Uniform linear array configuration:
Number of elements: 48
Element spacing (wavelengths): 0.5
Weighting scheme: cosine
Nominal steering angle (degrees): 30
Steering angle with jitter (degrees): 29.991
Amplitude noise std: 0.05
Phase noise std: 0.05

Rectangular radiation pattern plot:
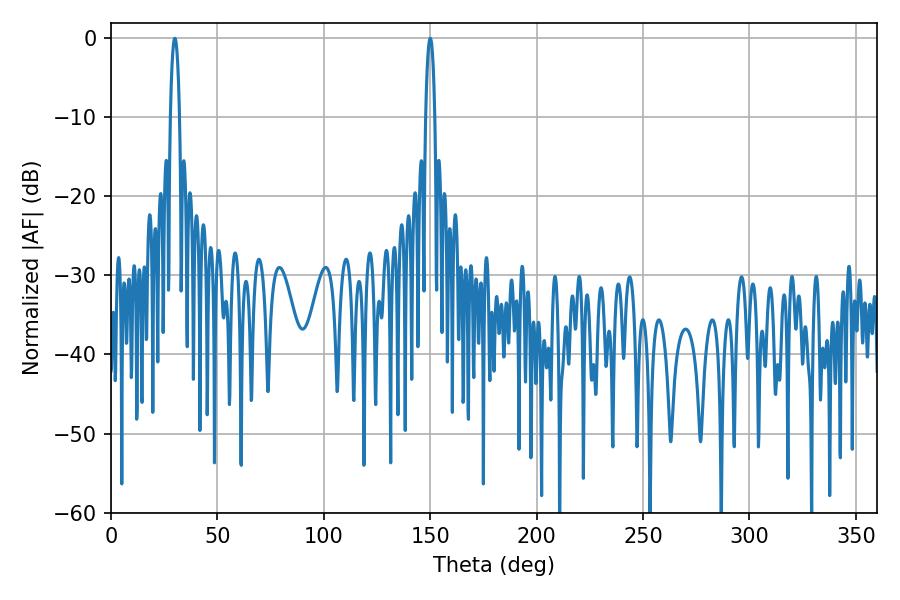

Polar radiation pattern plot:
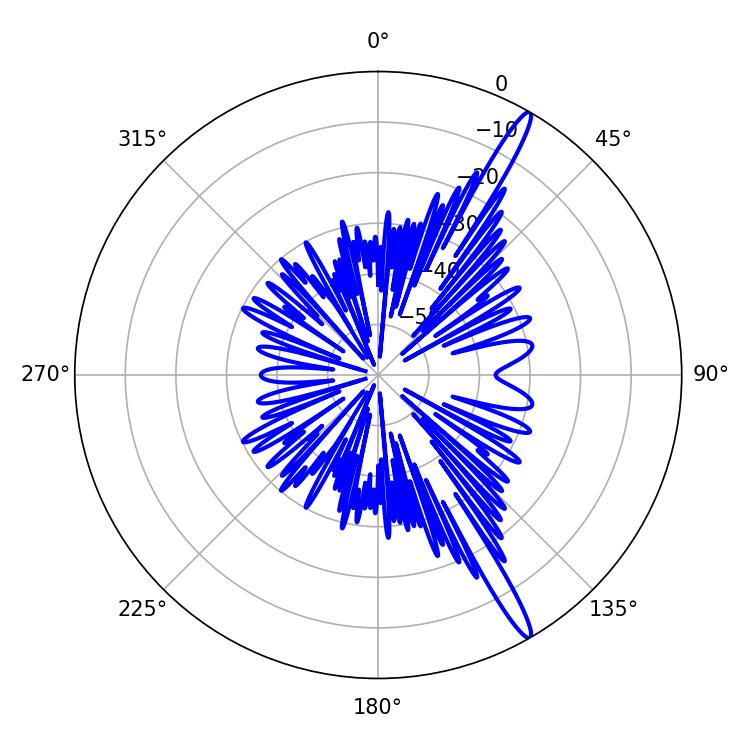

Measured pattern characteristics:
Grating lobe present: FALSE
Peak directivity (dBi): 16.13
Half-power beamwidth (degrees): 2.34
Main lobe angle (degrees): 30.06